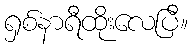
ရှစ်နာရီထိုးလေပြီ။